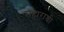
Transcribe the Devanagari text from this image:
सहाराश्री